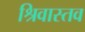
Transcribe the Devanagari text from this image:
श्रिवास्तव